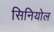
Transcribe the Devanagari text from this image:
सिनियोल